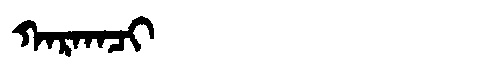
Manchu: ᡴᠠᡵᡴᠠᠴᡳ
Romanization: KARKACI